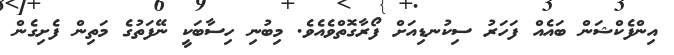
އިންފެކްޝަން ބައެއް ފަހަރު ސިކުނޑިއަށް ފޯރާގޮތްވެއެވެ. މިބުނި ހިސާބަކީ ނޭފަތުގެ މަތިން ފެށިގެން